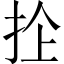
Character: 𢫜